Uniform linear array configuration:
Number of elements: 64
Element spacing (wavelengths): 0.5
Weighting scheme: binomial
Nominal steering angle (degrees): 0
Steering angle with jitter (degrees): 1.38
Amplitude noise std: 0.05
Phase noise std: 0.05

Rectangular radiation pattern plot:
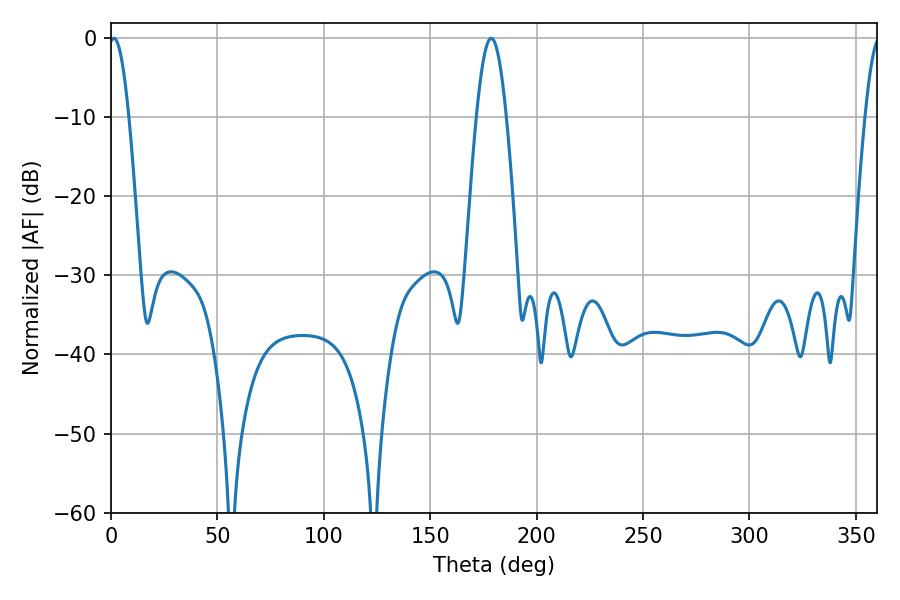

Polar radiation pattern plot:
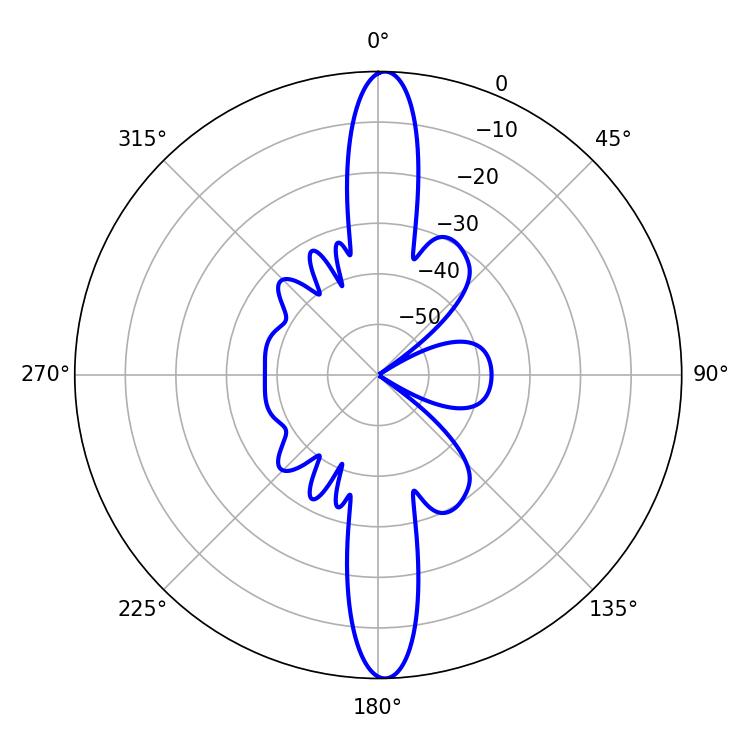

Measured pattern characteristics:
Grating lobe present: FALSE
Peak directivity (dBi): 24.751
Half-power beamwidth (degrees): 5.04
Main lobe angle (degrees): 1.26